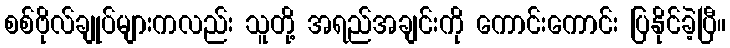
စစ်ဗိုလ်ချုပ်များကလည်း သူတို့ အရည်အချင်းကို ကောင်းကောင်း ပြနိုင်ခဲ့ပြီ။